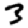
Digit: 3